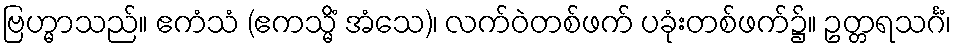
ဗြဟ္မာသည်။ ဧကံသံ (ဧကသ္မိံ အံသေ)၊ လက်ဝဲတစ်ဖက် ပခုံးတစ်ဖက်၌။ ဥတ္တရသင်္ဂံ၊